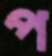
প